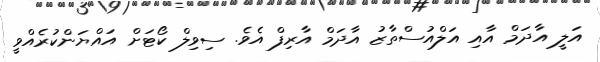
އަލީ އާދަމް އާއި އަލްއުސްތާޒު އާދަމް އާރިފް އެވެ. ސިވިލް ކޯޓަށް އައްޔަންކުރެއްވީ